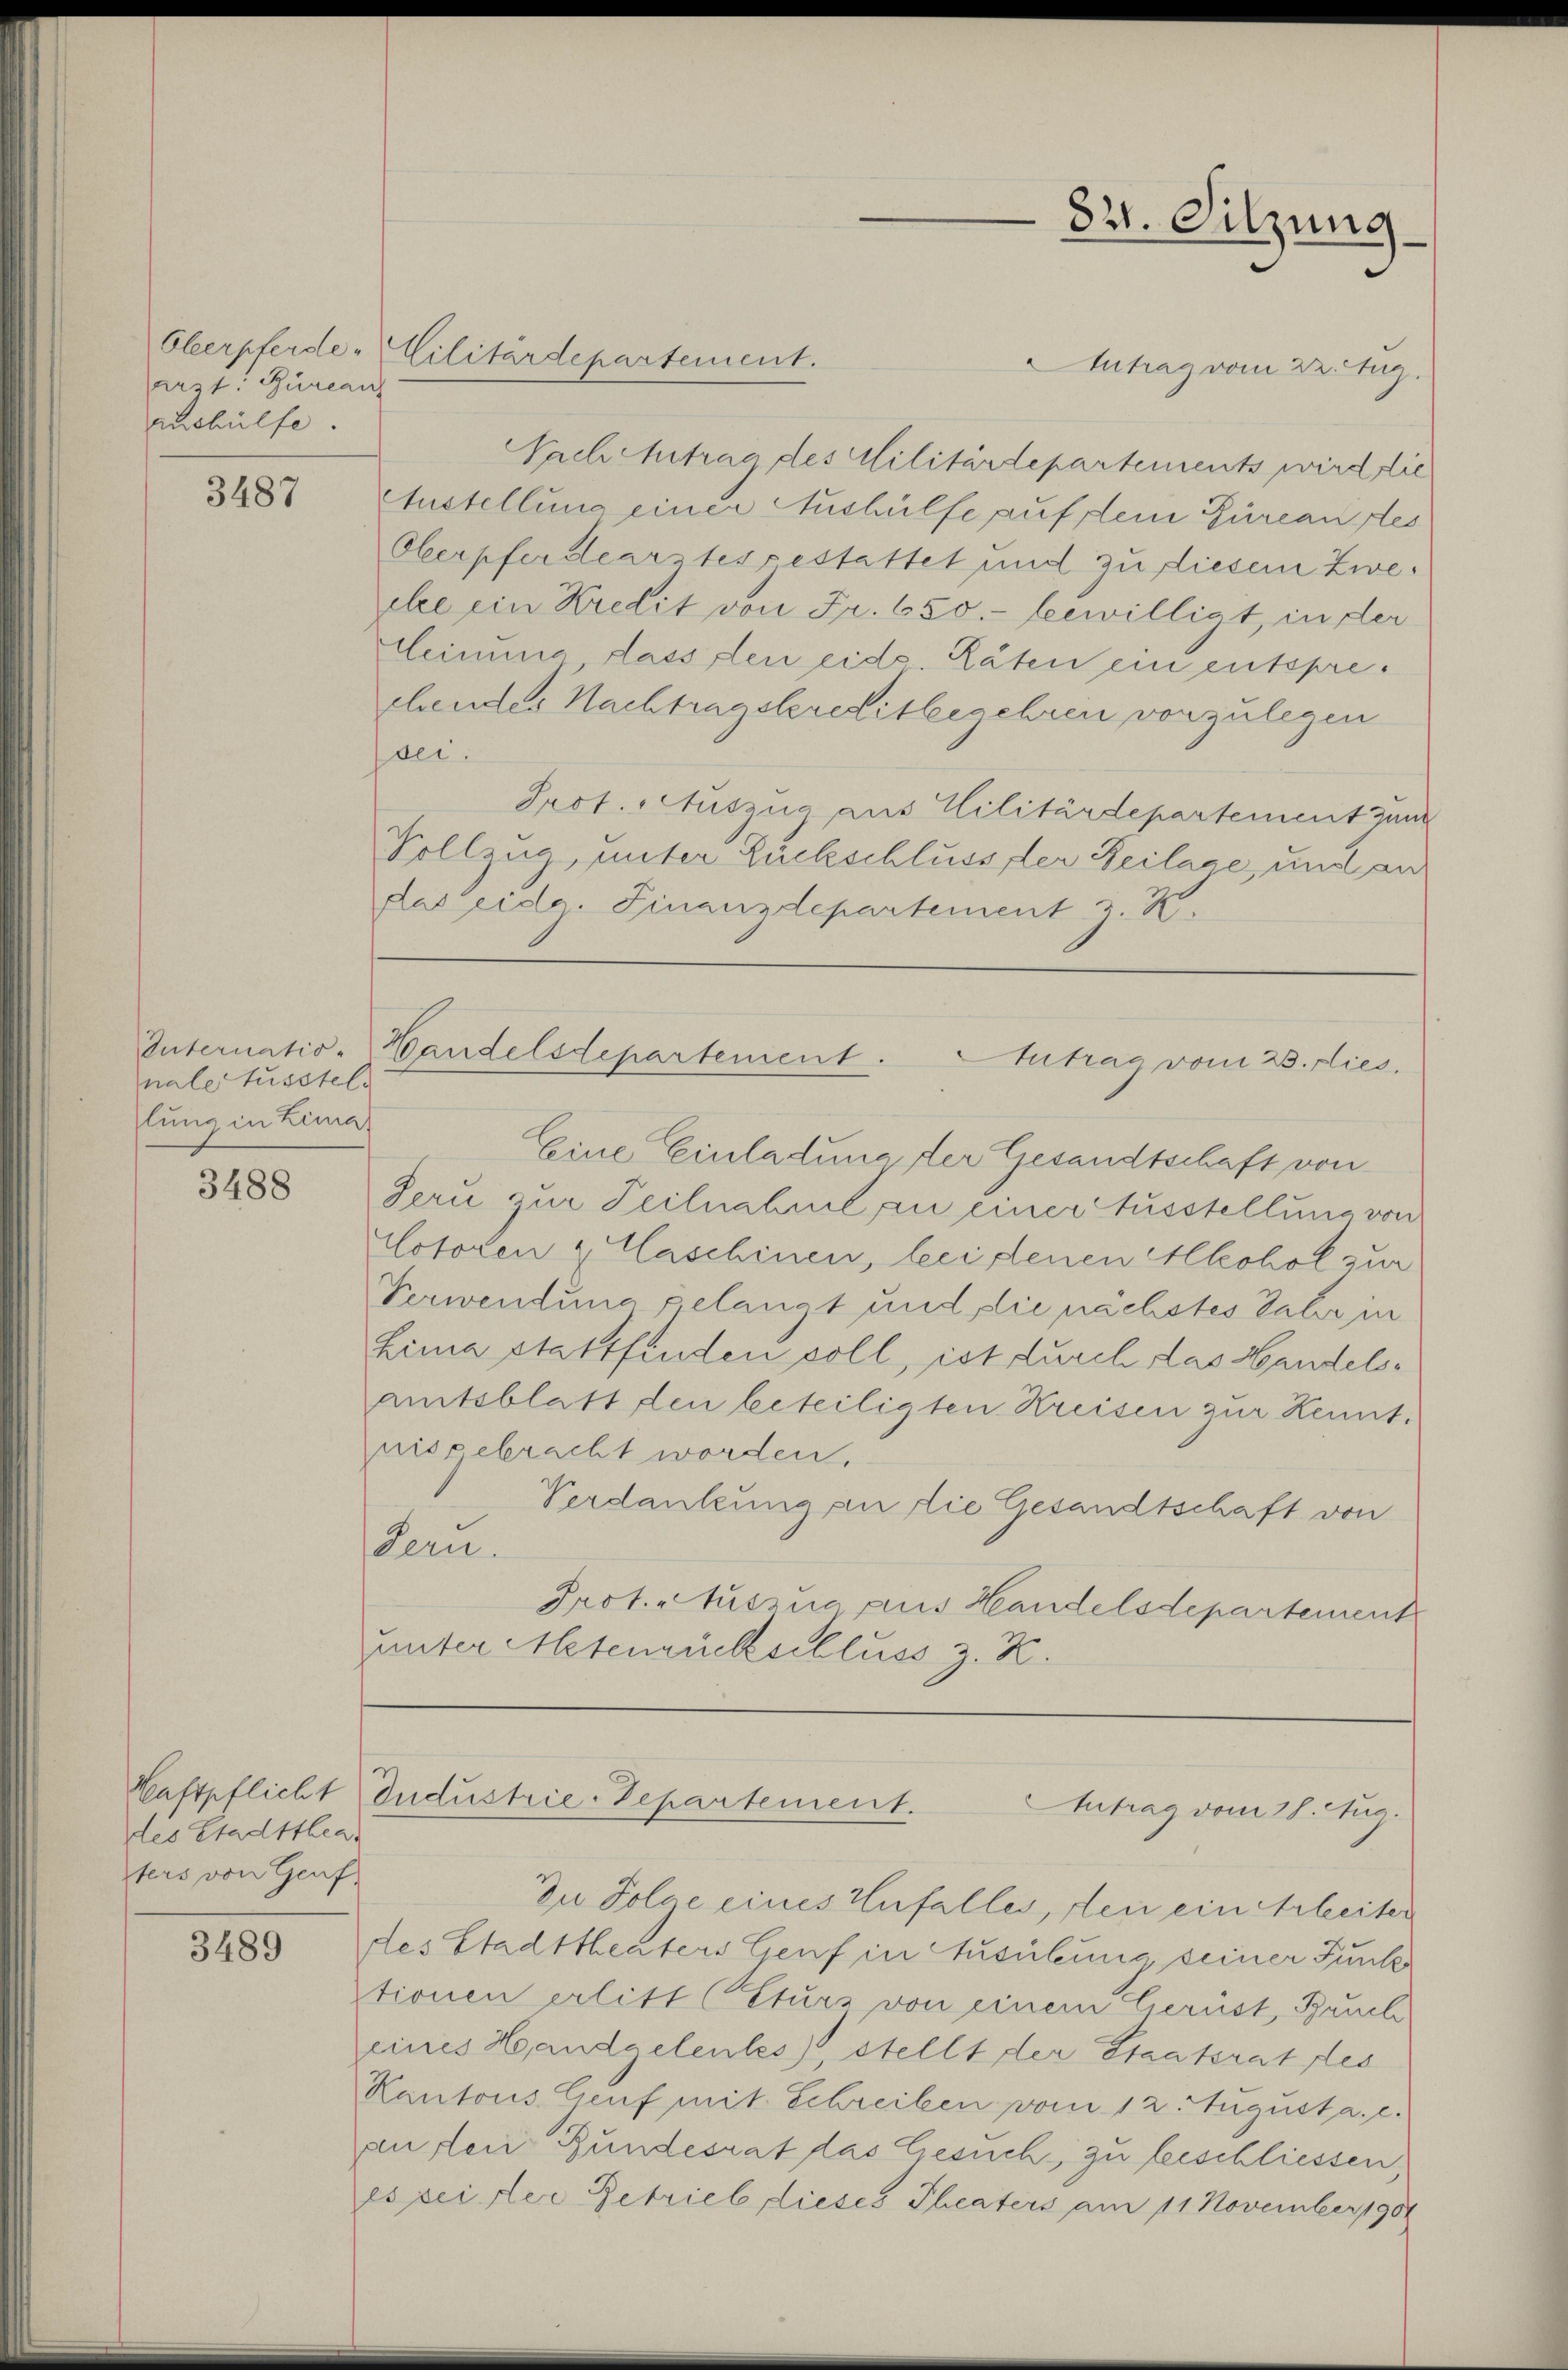
arzt. Bureau
Aushülfe.

3487

Internatio-
nale fusstel
lung in Leima

3488

des Stadttheat
ters von Genf

3489

Antrag vom 22. Aug.
Nachchetrag des Militärdepartements wird die
AAustellung einer Aushülfe auf ein Bureau fes
Oberpferdear tesgestattet und zu diesem Zweehe ein Kredit von Fr. 650.- bewilligt, in der
Ceimung dass den eidg. Räten ein entsprechendes Nachtragskreditbegehren vorzulegen
ei.
Prot. Auszug aus Militärdepartement ganz
Vollzug, unter Rückschluss der Beilage, und an
das eidg. Finanzdepartement z. K.

Eine Einladung der Gesandtschaft von
Jeru zur Teilnahmel an einer Ausstellung von
Llotoren & Caschinen, bei denen Alkohol zur
Verwendung gelangt und die nächstes Jahr in
Lima stattfinden soll, ist durch das Handelsamtsblatt den beteiligten Kreisen zur Kennt.
nisgebracht worden.
Verdankung an die Gesandtschaft von
Deru.
Prot. Auszug aus Handelsdepartement
uunter Metenrückschluss z. K.

Oberpferde-Militärdepartement.

821. Sitzung

Wandelsdepartement.
utrag vom 28. dies

Kaftpflicht Industrie-Departement.
Antrag vom 28. Aug.

Zu Folge eines Unfalles, den ein Arbeiter
des Stadttheuters Genf in Ausübung seiner Funk
tionen erlitt (Eturz von einem Gerüst, Bruck
eines Handgeleutes), stellt der Staatsrat fes
Kantons Genf mit Schreiben vom 12. August a. c.
anflen Bundesrat das Gesuch, zu beschliessen
es pei der Betrieb dieses Theaters am 11. November 1904